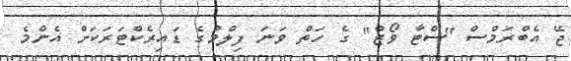
ޖޭ އެބްރަމްސް "ސްޓާ ވޯޒް" ގެ ހަތް ވަނަ ފިލްމުގެ ޑައިރެކްޓަރަކަށް އެންމެ